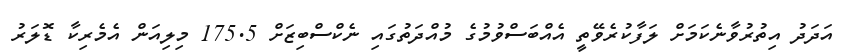
އަދަދު އިތުރުވާނެކަމަށް ލަފާކުރެވޭތީ އެއްބަސްވުމުގެ މުއްދަތުގައި ނެކްސްބިޒަށް 175.5 މިލިއަން އެމެރިކާ ޑޮލަރު